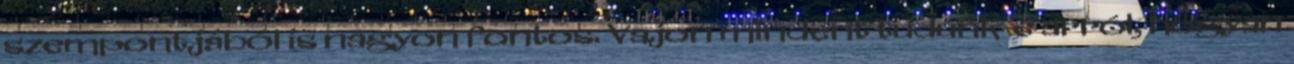
szempontjából is nagyon fontos. Vajon mindent tudunk-e arról, hogyan